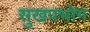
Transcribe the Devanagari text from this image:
सुखपभोग